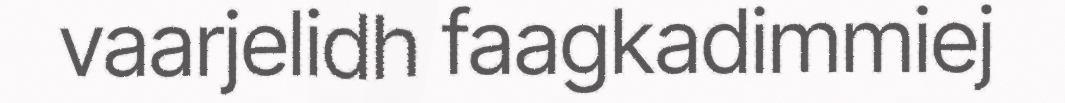
vaarjelidh faagkadimmiej